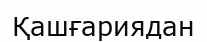
Қашғариядан